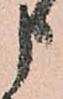
申